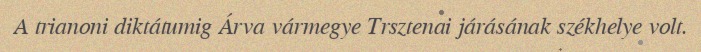
A trianoni diktátumig Árva vármegye Trsztenai járásának székhelye volt.